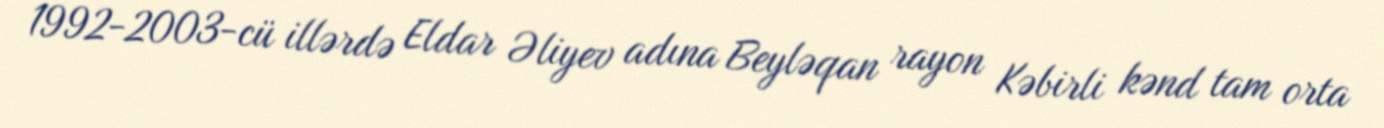
1992-2003-cü illərdə Eldar Əliyev adına Beyləqan rayon Kəbirli kənd tam orta